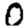
Digit: 0